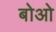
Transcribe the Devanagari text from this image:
बोओ